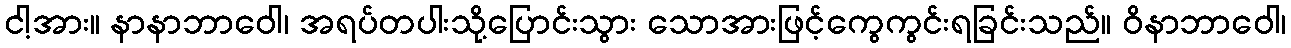
ငါ့အား။ နာနာဘာဝေါ၊ အရပ်တပါးသို့ပြောင်းသွား သောအားဖြင့်ကွေကွင်းရခြင်းသည်။ ဝိနာဘာဝေါ၊